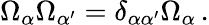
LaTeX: \Omega_{\alpha}\Omega_{\alpha^{\prime}}=\delta_{\alpha\alpha^{\prime}}\Omega_{\alpha}\, .